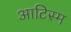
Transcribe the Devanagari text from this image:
आटिस्म